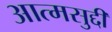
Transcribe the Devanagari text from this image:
आत्मसुद्दी